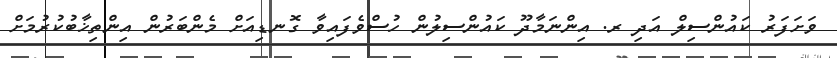
ވަށަފަރު ކައުންސިލް އަދި ރ. އިންނަމާދޫ ކައުންސިލުން ހުސްވެފައިވާ ގޮނޑިއަށް މެންބަރުން އިންތިޚާބުކުރުމަށް